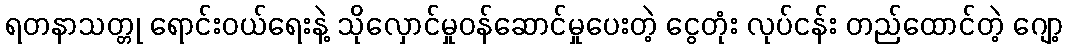
ရတနာသတ္တု ရောင်းဝယ်ရေးနဲ့ သိုလှောင်မှုဝန်ဆောင်မှုပေးတဲ့ ငွေတုံး လုပ်ငန်း တည်ထောင်တဲ့ ဂျော့